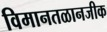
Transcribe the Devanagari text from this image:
विमानतळानजीक